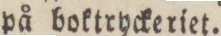
på boktryckeriet.